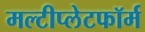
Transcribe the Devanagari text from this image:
मल्टीप्लेटफॉर्म